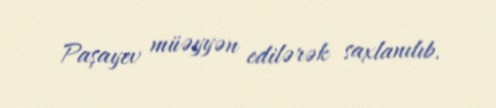
Paşayev müəyyən edilərək saxlanılıb.